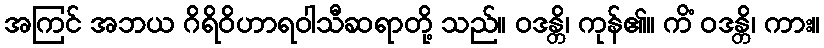
အကြင် အဘယ ဂိရိဝိဟာရဝါသီဆရာတို့ သည်။ ဝဒန္တိ၊ ကုန်၏။ ကိံ ဝဒန္တိ၊ ကား။